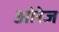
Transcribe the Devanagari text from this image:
ओरेज